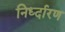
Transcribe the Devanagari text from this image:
निर्ध्दारण